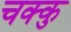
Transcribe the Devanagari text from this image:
चक्कु